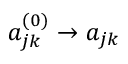
{ a _ { j k } ^ { ( 0 ) } } \to a _ { j k }